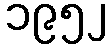
၁၉၅၂